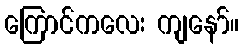
ကြောင်ကလေး ကျနော်။